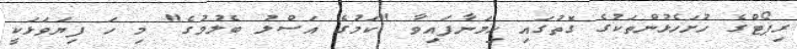
ރިޕޯޓްގެ ހުށަހެޅުންތަކުގެ ގޮތުގައި ހިމަނާފައިވާ "ކަމުގެ އަސްލު ބެލުމުގެ" މި ހަ ފިޔަވަޅަކީ